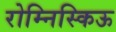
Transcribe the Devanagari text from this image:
रोम्निस्किऊ